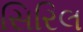
સિરિલ